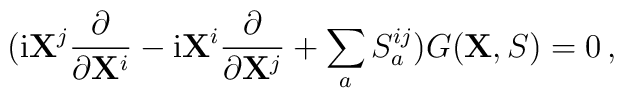
({\rm i}{\bf X}^j\frac{\partial}{\partial {\bf X}^i}-{\rm i}{\bf X}^i\frac{\partial}{\partial {\bf X}^j}+\sum_a S_a^{ij})G({\bf X},S)=0\,,